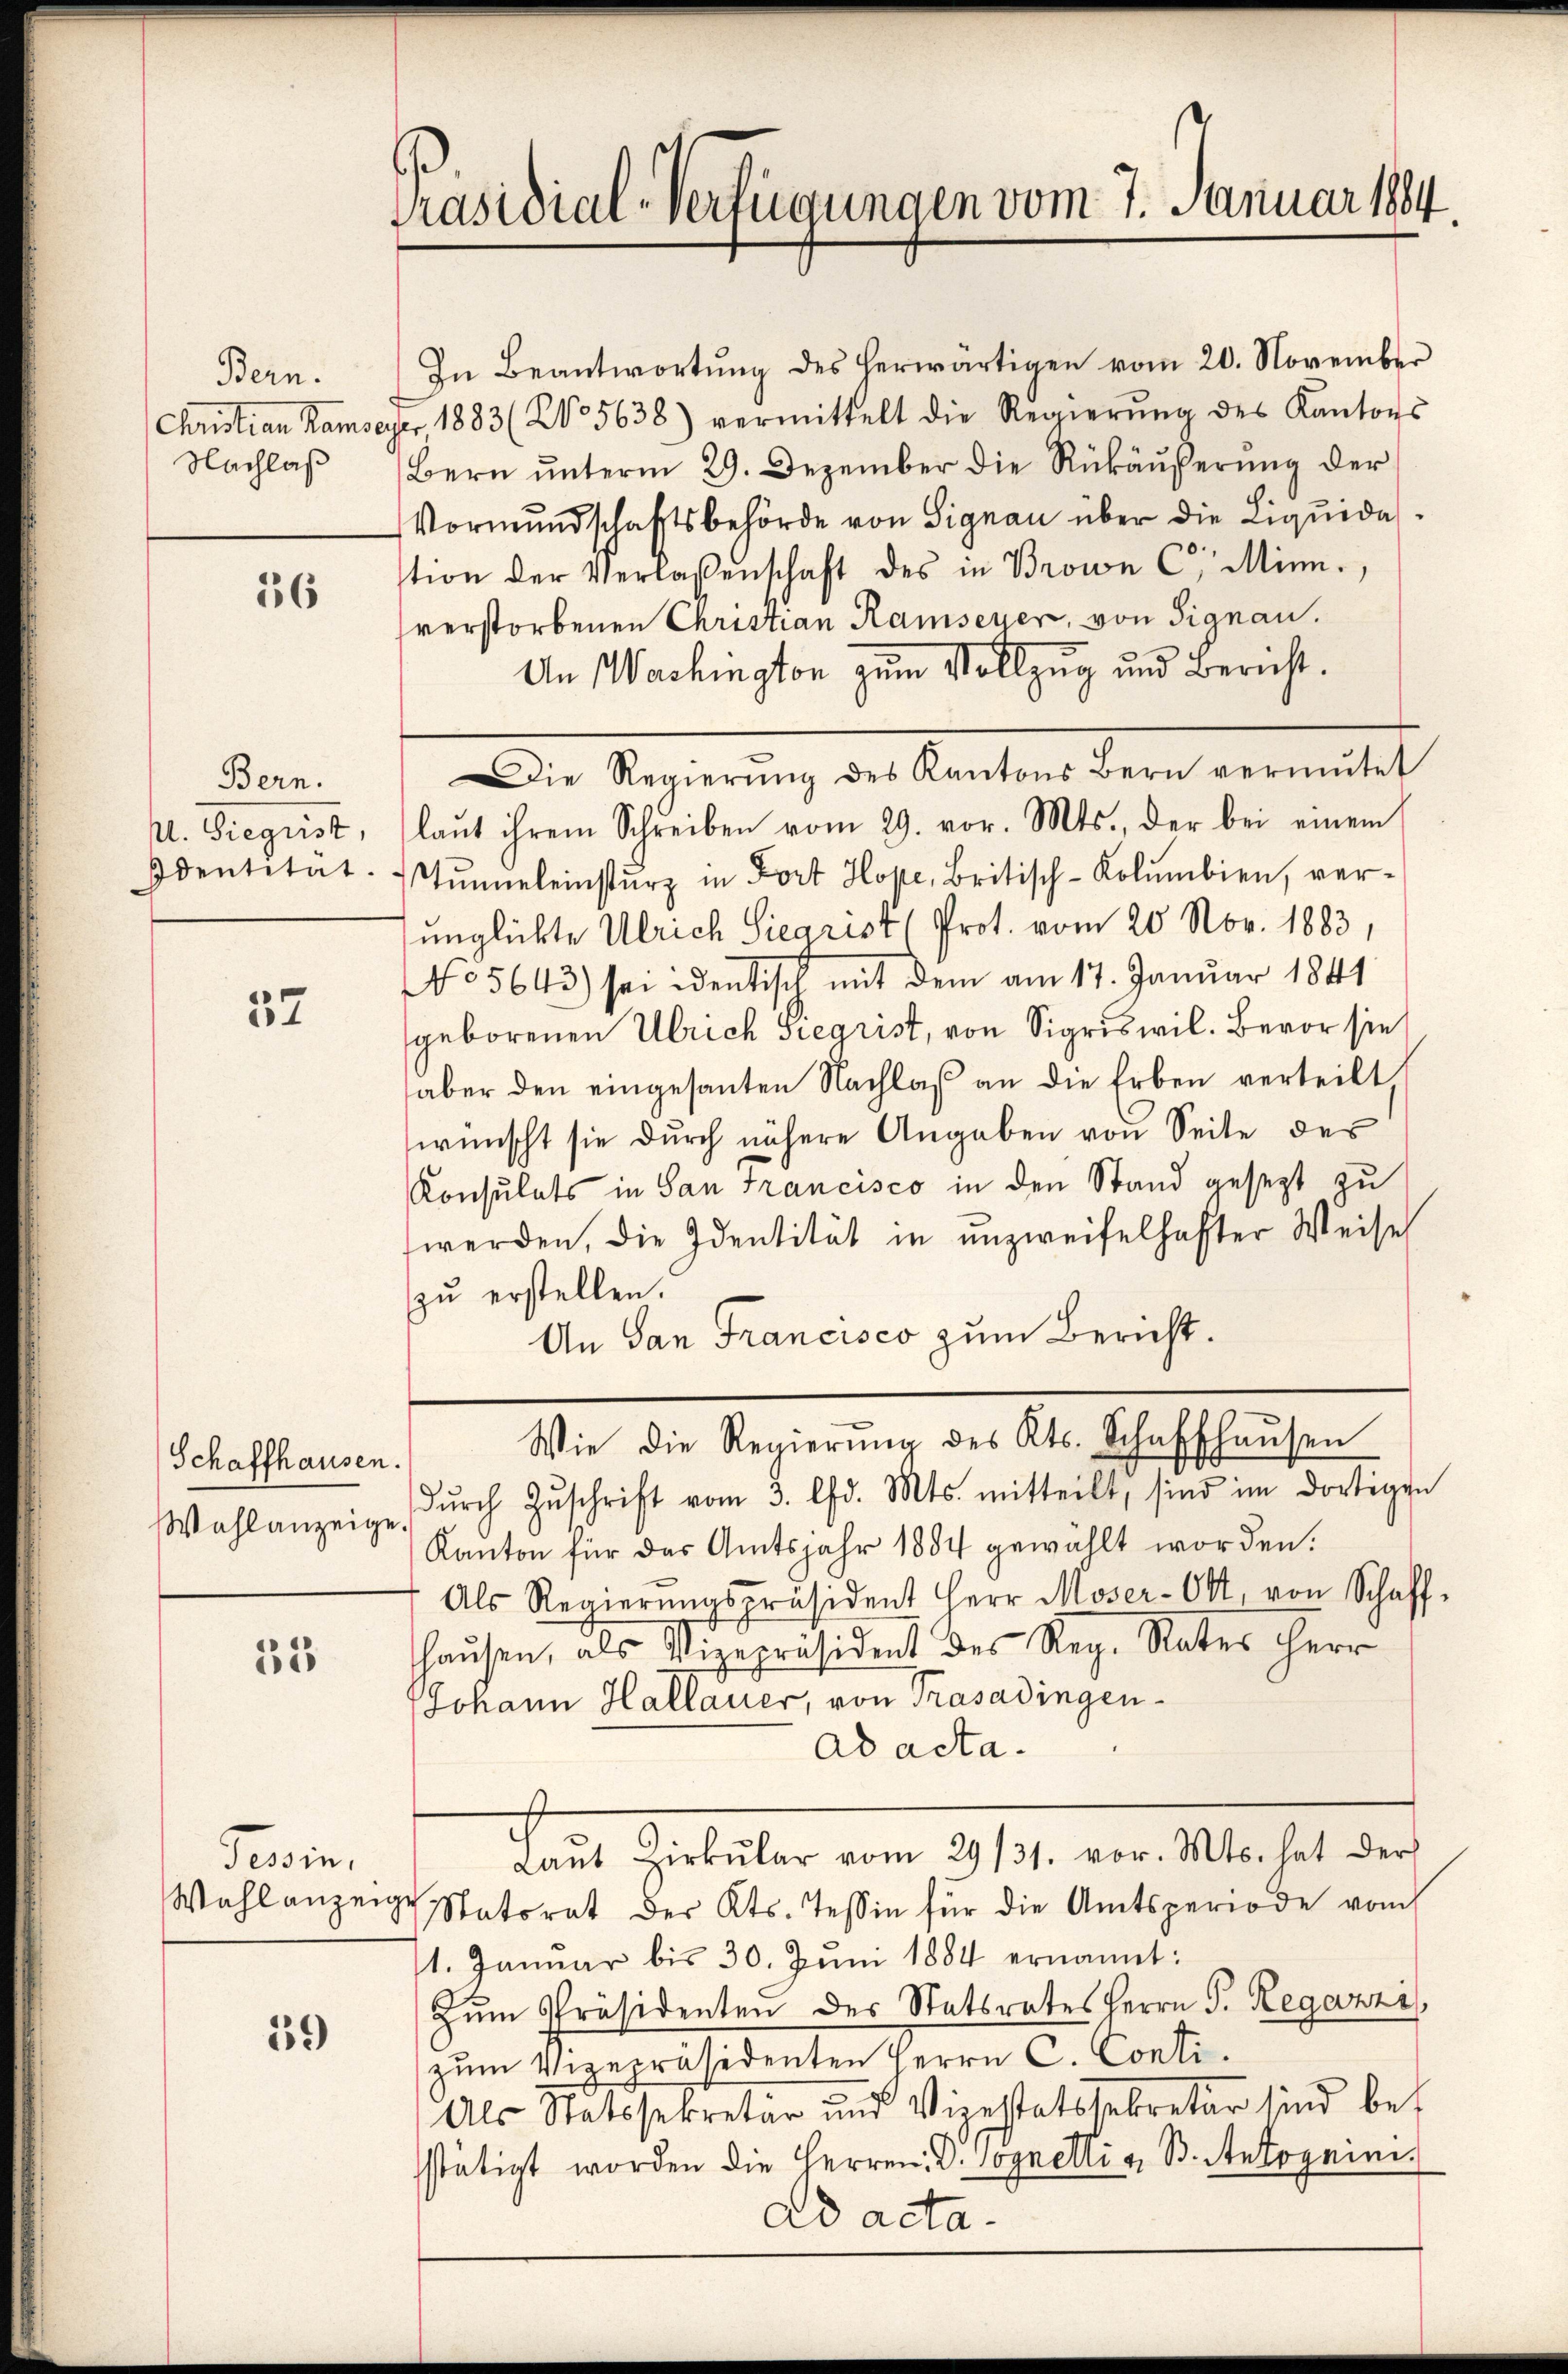
Bern.
Nachlaß

136

Bern.
M. Siegrist,
Identität.

57

Schaffhausen.
Wahlanzeige.

32

Fein

39

Präsidial-Verfügungen vom 7. Januar 1884

In Beantwortung des herwärtigen vom 20. November
Christian Kamseyer 1883 (2. 5638) vermittelt die Regierŭng des Kantons
Bern ŭnterm 29. Dezember die Rükäŭferŭng der
Vormŭndschaftsbehörde von Signau über die Liquidation der Verlassenschaft des in Brown C. Minn.
verstorbenen Christian Ramseyer, von Signau.
An Washington zum Vollzug und Bericht.
Die Regierŭng des Kantons Bern vermutet
laŭt ihrem Schreiben vom 29. vor. Mts., der bei einem
Tunneleinsturz in Fort Hope, Britisch-Kolumbien, verunglückte Ulrich Siegrist (Prot. vom 20. Nov. 1883,
No 5643) sei identisch mit dem am 17. Januar 1841
geborenen Ulrich Siegrist, von Sigriswil. Bevor sie
aber den eingesanten Nachlaß an die Erben verteilt
wünscht sie durch nähere Angaben von Seite des
Konsulats in San Francisco in den Stand gesezt zu
werden, die Identität in unzweifelhafter Weise
zu erstellen.
An San Francisco zum Bericht.
Wie die Regierŭng des Kts. Schaffhaŭsen
dŭrch Zŭschrift vom 3. d. Mts. mitteilt, sind im dortigen
Kanton für das Amtsjahr 1884 gewählt worden.
Als Regierŭngspräsident Herr Moser-Ott, von Schaff-
haŭsen, als Vizepräsident des Reg. Rates Herr
Johann Hallauer, von Trasadingen
ad acta.
Laŭt Zirkŭlar vom 29/31. vor. Mts. hat der
Wahlanzeige Natorat der Kts. Tessin für die Amtsperiode vom
1. Januar bis 30. Jŭni 1884 ernannt:
Zum Präsidenten des Statsrates Herrn P. Regazzi
zum Vizepräsidenten Herrn C. Conti.
Als Statssekretär und Vizestatssekretär sind bes
sstätigt worden die Herren D. Sognetti u. B. Antognini.
ad acta.